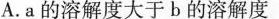
A.a的溶解度大于b的溶解度